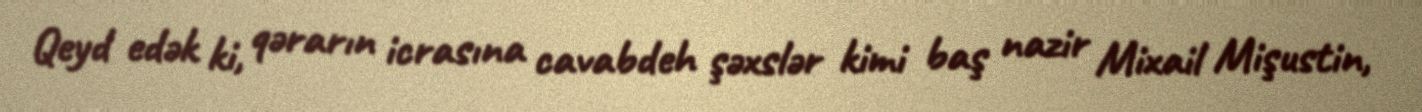
Qeyd edək ki, qərarın icrasına cavabdeh şəxslər kimi baş nazir Mixail Mişustin,